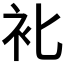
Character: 𰳰